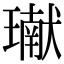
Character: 𤩽